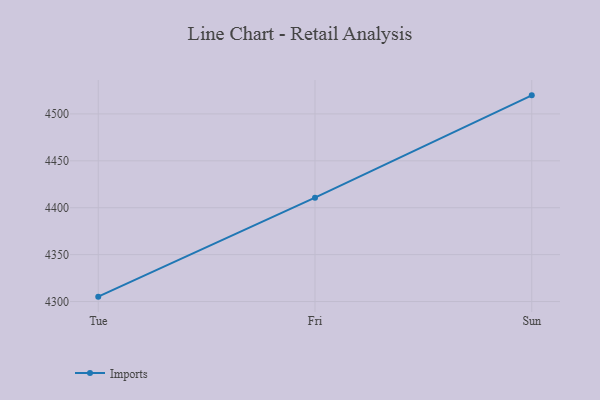
{"axis": {"x": "Day", "y": "Temperature (°C)"}, "legend": ["Imports"], "data": [{"x": "Tue", "y": 4305.2, "type": "Imports"}, {"x": "Fri", "y": 4410.7, "type": "Imports"}, {"x": "Sun", "y": 4519.8, "type": "Imports"}]}